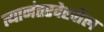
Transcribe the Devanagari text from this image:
त्यानंतरदेखील